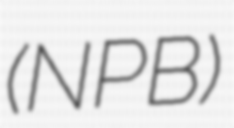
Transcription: (NPB)